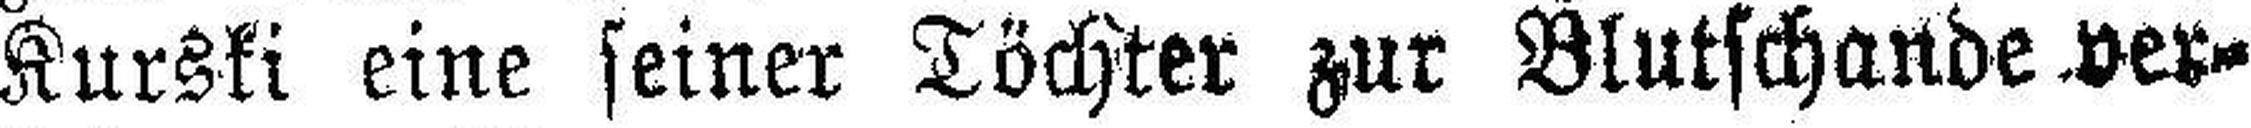
Kurski eine seiner Töchter zur Blutschande ver¬